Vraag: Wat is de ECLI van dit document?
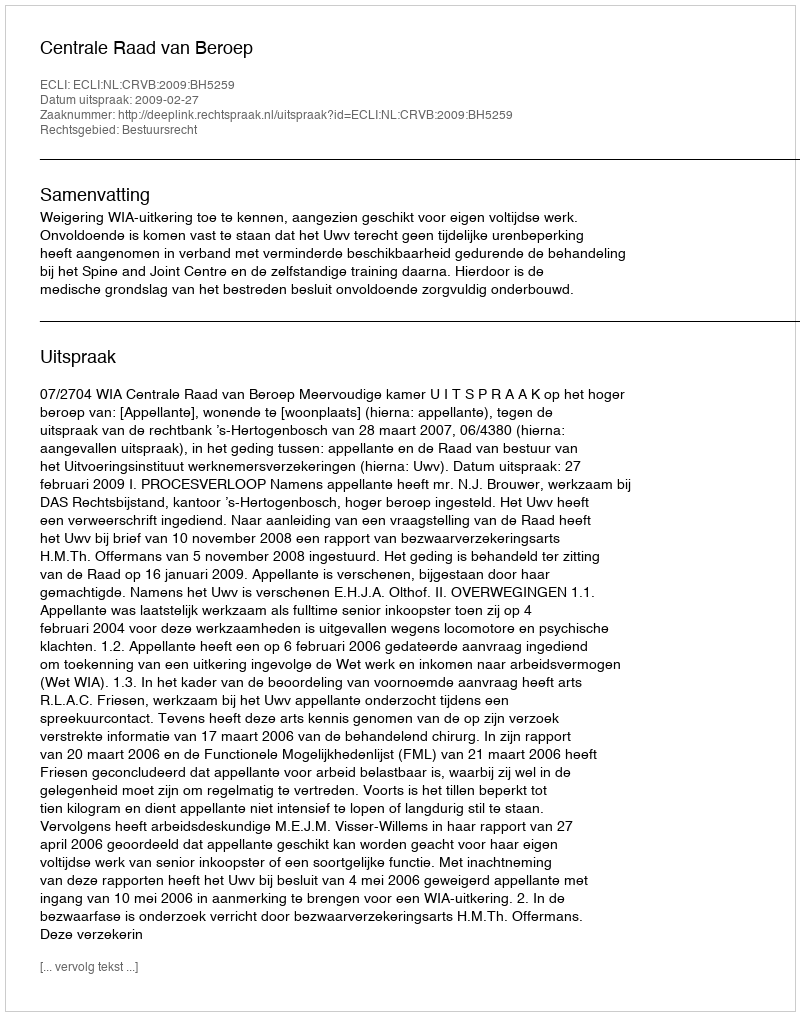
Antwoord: ECLI:NL:CRVB:2009:BH5259